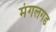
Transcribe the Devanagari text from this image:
मंगलगड